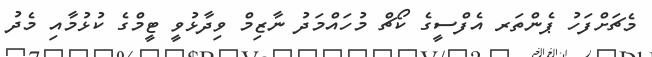
މެޗަށްފަހު ޕެންތަރ އެފްސީގެ ކޯޗް މުހައްމަދު ނާޒިމް ވިދާޅުވީ ޓީމްގެ ކުޅުމާއި މެދު